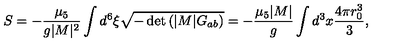
S = - \frac { \mu _ { 5 } } { g | M | ^ { 2 } } \int d ^ { 6 } \xi \sqrt { - \det \left( | M | G _ { a b } \right) } = - \frac { \mu _ { 5 } | M | } { g } \int d ^ { 3 } x \frac { 4 \pi r _ { 0 } ^ { 3 } } { 3 } ,